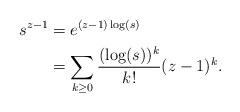
LaTeX: \begin{align*} s^{z-1} &= e^{(z-1)\log(s)}\\ &= \sum_{k\geq0}\frac{(\log(s))^k}{k!}(z-1)^k. \end{align*}